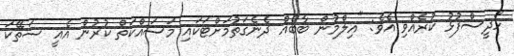
ހަދީސްފުޅު ކުރެއްވި އެވެ: "އިލްމުން ބާބެއް ދެނެގަތުމަށްޓަކައި މަސައްކަތް ކުރުން އެއީ ސަތޭކަ